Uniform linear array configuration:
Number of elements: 32
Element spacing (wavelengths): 0.75
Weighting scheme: kaiser
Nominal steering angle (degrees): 30
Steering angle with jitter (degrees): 29.401
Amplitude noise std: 0.05
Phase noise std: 0.05

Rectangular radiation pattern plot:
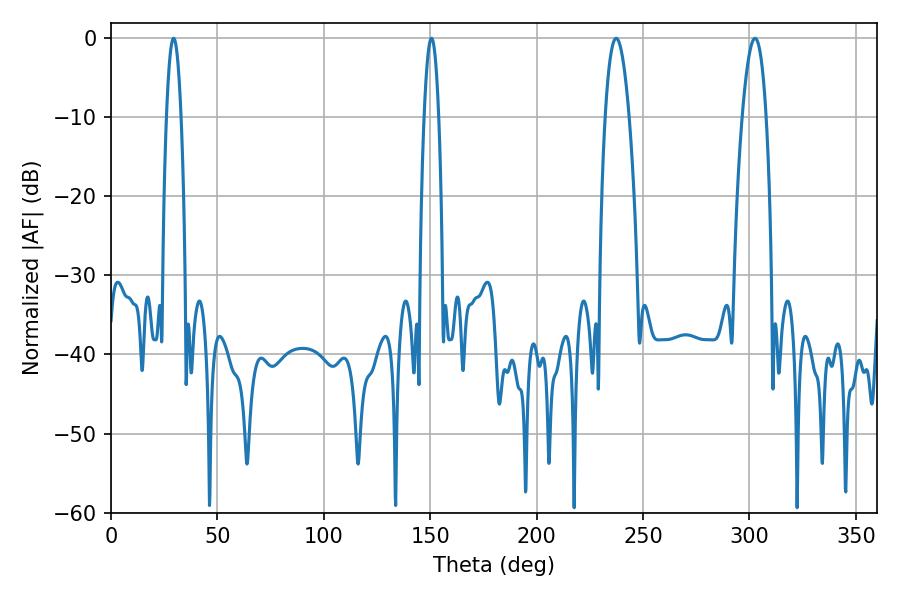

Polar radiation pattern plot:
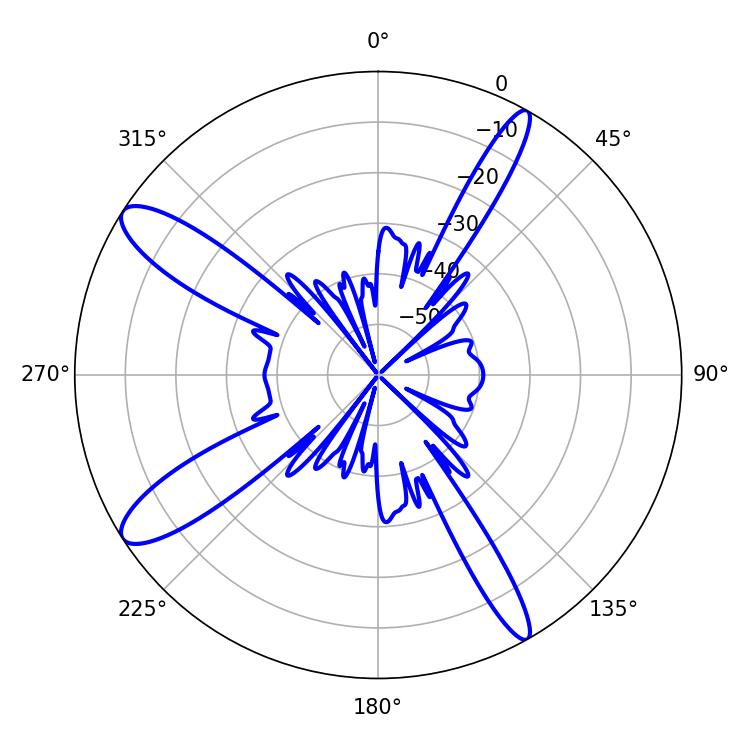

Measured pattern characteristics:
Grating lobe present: TRUE
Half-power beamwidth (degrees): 6.3
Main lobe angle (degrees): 237.42